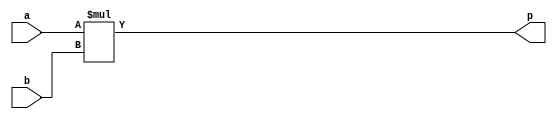
`timescale 1ns / 1ps
//////////////////////////////////////////////////////////////////////////////////
// Company: 
// Engineer: 
// 
// Design Name: 
// Module Name: Multiplier
// Project Name: 
// Target Devices: 
// Tool Versions: 
// Description: 
// 
// Dependencies: 
// 
// Revision:
// Revision 0.01 - File Created
// Additional Comments:
// 
//////////////////////////////////////////////////////////////////////////////////


module multiplier(
    input signed [7:0]a,
    input signed [7:0]b,
    output signed [15:0]p
    );
    
    assign p = a*b;
endmodule